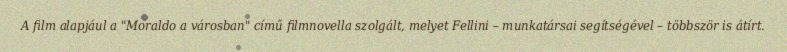
A film alapjául a "Moraldo a városban" című filmnovella szolgált, melyet Fellini – munkatársai segítségével – többször is átírt.